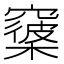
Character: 𥨑